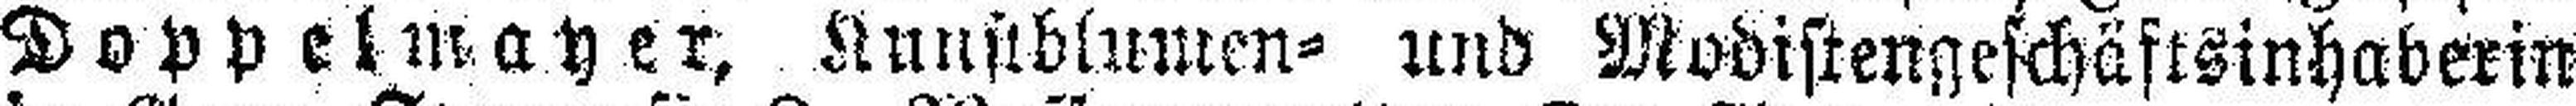
Doppelmayer, Kunstblumen= und Modistengeschäftsinhaberin